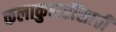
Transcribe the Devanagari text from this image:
कलाकुसरींसाठी